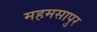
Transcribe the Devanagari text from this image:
महमसापुर